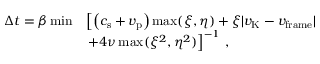
\begin{array} { r l } { \Delta t = \beta \operatorname* { m i n } } & { \left[ \left( c _ { \mathrm { s } } + v _ { \mathrm { p } } \right) \operatorname* { m a x } ( \xi , \eta ) + \xi | v _ { \mathrm { K } } - v _ { \mathrm { f r a m e } } | \right. } \\ & { \left. + 4 \nu \operatorname* { m a x } ( \xi ^ { 2 } , \eta ^ { 2 } ) \right] ^ { - 1 } \, , } \end{array}